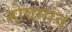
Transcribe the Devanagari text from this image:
नोवगांव